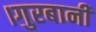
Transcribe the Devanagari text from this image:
।गुरबानी